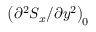
\left( { \partial ^ { 2 } S _ { x } } / { \partial y ^ { 2 } } \right) _ { \! 0 }